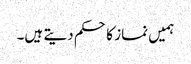
ہمیں نماز کا حکم دیتے ہیں۔